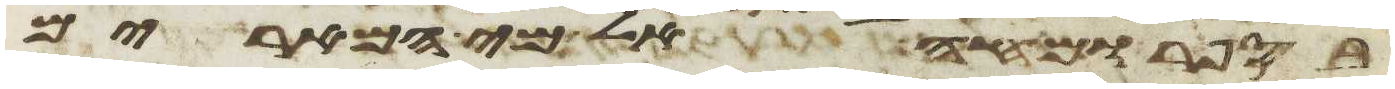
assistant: בספר ומחה אל מי המרים